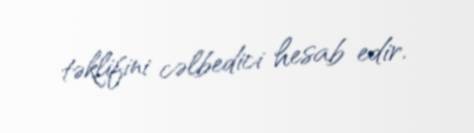
təklifini cəlbedici hesab edir.